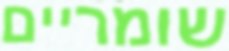
שומריים